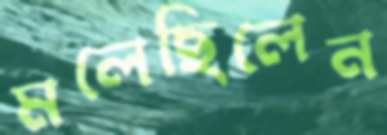
মলেছিলেন